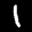
Label: 1